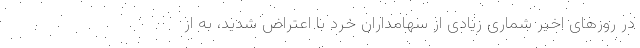
در روزهای اخیر شماری زیادی از سهامداران خرد با اعتراض شدید، به از